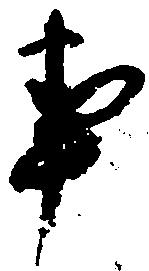
事